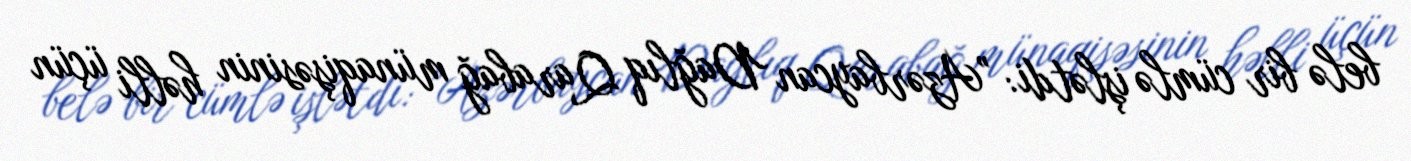
belə bir cümlə işlətdi: ”Azərbaycan Dağlıq Qarabağ münaqişəsinin həlli üçün